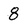
Character: 8